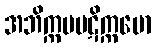
အဘိက္ကမပဋိက္ကမော